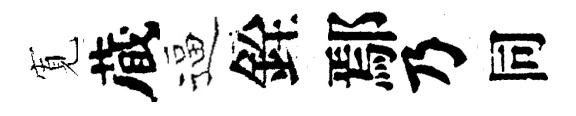
𡩖蔵逼銓鄢乃同